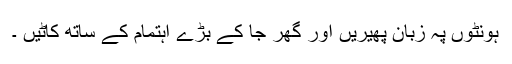
ہونٹوں پہ زبان پھیریں اور گھر جا کے بڑے اہتمام کے ساتھ کاٹیں ۔